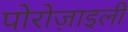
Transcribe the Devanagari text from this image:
पोरोज़ाइली